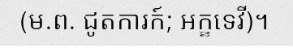
(ម.ព. ជូតការក៍; អក្ខទេវី)។